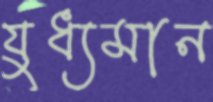
যুধ্যমান